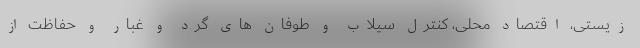
زیستی، اقتصاد محلی، کنترل سیلاب و طوفان های گرد و غبار و حفاظت از